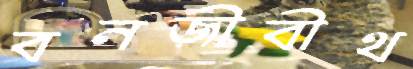
বনজীবীথ